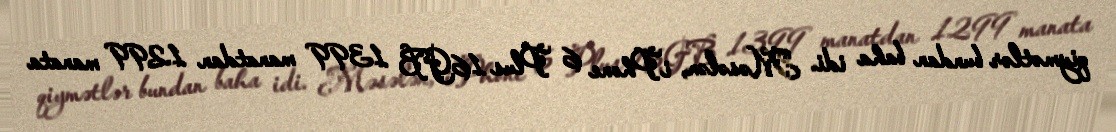
qiymətlər bundan baha idi. Məsələn, iPhone 6 Plus 16GB 1399 manatdan 1299 manata